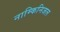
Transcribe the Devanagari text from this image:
नाम्किनिजल